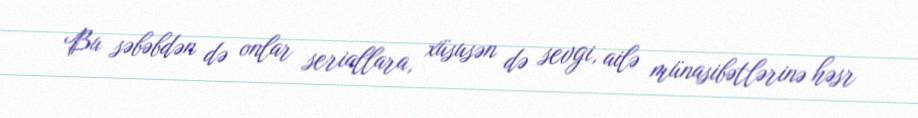
Bu səbəbdən də onlar seriallara, xüsusən də sevgi, ailə münasibətlərinə həsr